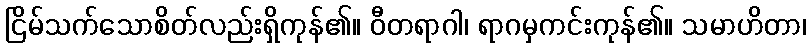
ငြိမ်သက်သောစိတ်လည်းရှိကုန်၏။ ဝီတရာဂါ၊ ရာဂမှကင်းကုန်၏။ သမာဟိတာ၊